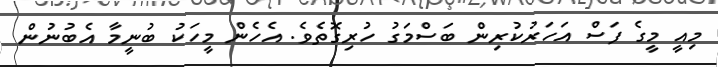
މިއީ މީގެ ފަސް އަހަރުކުރިން ބަސްމަގު ހުރިގޮތެވެ. އެހެން މީހަކު ބުނީމާ އެބުނުން